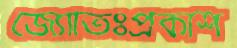
জ্যোতিঃপ্রকাশ